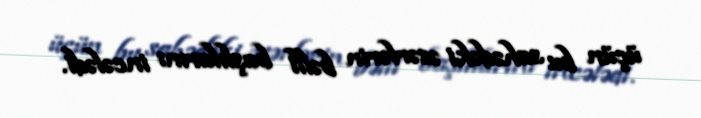
üçün bu sahədəki əsərlərin bəlli başlılarını incələdi.